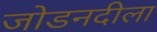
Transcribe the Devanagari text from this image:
जोडनदीला